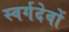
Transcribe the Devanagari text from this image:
स्वर्गदेवों